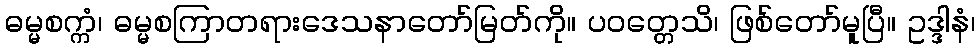
ဓမ္မစက္ကံ၊ ဓမ္မစကြာတရားဒေသနာတော်မြတ်ကို။ ပဝတ္တေသိ၊ ဖြစ်တော်မူပြီ။ ဥဒ္ဒါနံ၊